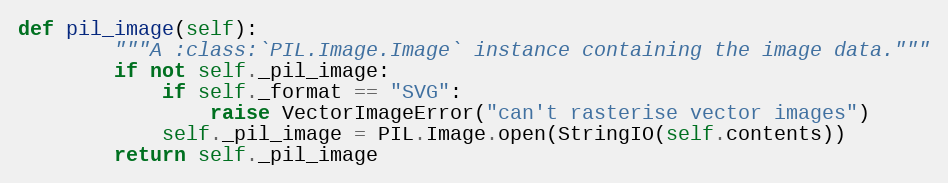
Language: Python
def pil_image(self):
        """A :class:`PIL.Image.Image` instance containing the image data."""
        if not self._pil_image:
            if self._format == "SVG":
                raise VectorImageError("can't rasterise vector images")
            self._pil_image = PIL.Image.open(StringIO(self.contents))
        return self._pil_image